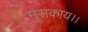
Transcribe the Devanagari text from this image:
मुसकाय।।